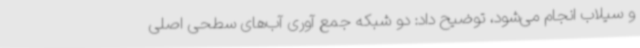
و سیلاب انجام می‌شود، توضیح داد: دو شبکه جمع آوری آب‌های سطحی اصلی